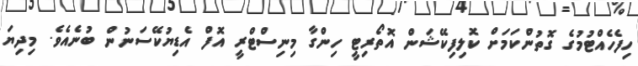
ހިފެހެއްޓުމުގެ ގޮތުންކަމަށް ކޮލިފިކޭޝަން އޮތޯރިޓީ ހިންގާ މިނިސްޓްރީ އޮފް އެޑިޔުކޭސަނުން ބުނެއެވެ. މިދިޔަ